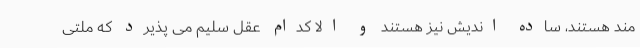
مند هستند، ساده اندیش نیز هستند و الا کدام عقل سلیم می پذیرد که ملتی